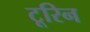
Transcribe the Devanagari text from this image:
टूरिन